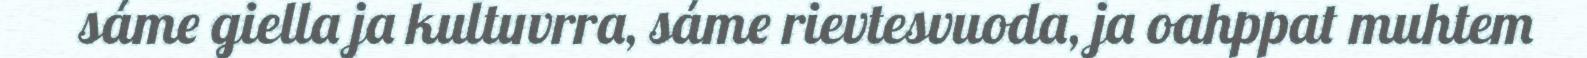
sáme giella ja kultuvrra, sáme rievtesvuoda, ja oahppat muhtem